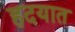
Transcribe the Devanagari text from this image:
हदयात